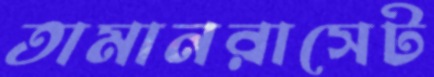
তামানরাসেট